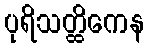
ပုရိသတ္ထိကေန